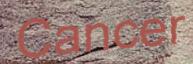
Cancer